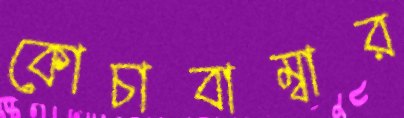
কোচাবাম্বার